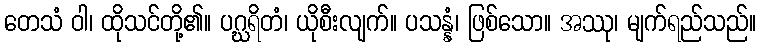
တေသံ ဝါ၊ ထိုသင်တို့၏။ ပဂ္ဃရိတံ၊ ယိုစီးလျက်။ ပသန္နံ၊ ဖြစ်သော။ အဿု၊ မျက်ရည်သည်။